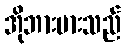
အိုဘားမားသည်